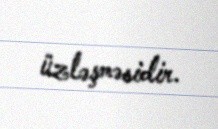
üzləşməsidir.